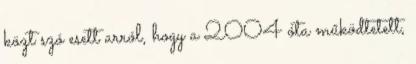
közt szó esett arról, hogy a 2004 óta működtetett,